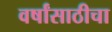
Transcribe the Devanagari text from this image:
वर्षांसाठीचा